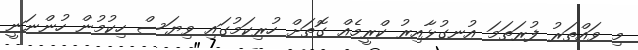
މި ވައްތަރު ފުރަތަމަ އުނގުޅާއިރު ކްރީމެއް ގޮތަށް ހުރިކަމުގައި ވިޔަސް ހިކުމުން ހުންނަނީ